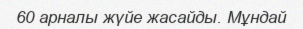
60 арналы жүйе жасайды. Мұндай